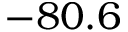
- 8 0 . 6